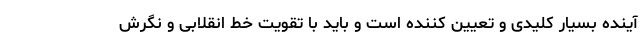
آینده بسیار کلیدی و تعیین کننده است و باید با تقویت خط انقلابی و نگرش